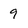
Character: 9